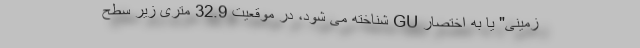
زمینی" یا به اختصار GU شناخته می شود، در موقعیت 32.9 متری زیر سطح